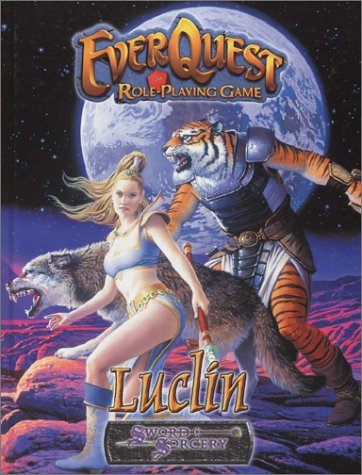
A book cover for Everquest Luclin (Everquest Role-Playing Game); Anthony Pryor; Science Fiction & Fantasy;